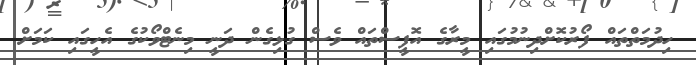
ހިދުމަތްތައް ފޯރުކޮށްދިނުމުގައި މީރާގެ އޮފީސްތައް ވެސް ގުޅިގެން ދަނީ މިނެޓްވޯކުގެ އެހީގައި ކަމަށް